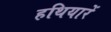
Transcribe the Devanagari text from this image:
हथियारें